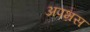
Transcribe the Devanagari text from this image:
अपभ्रस